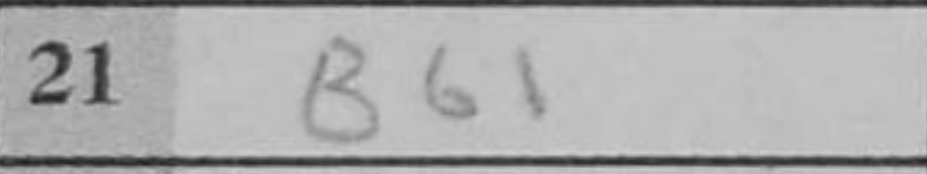
Transcription: Bb1